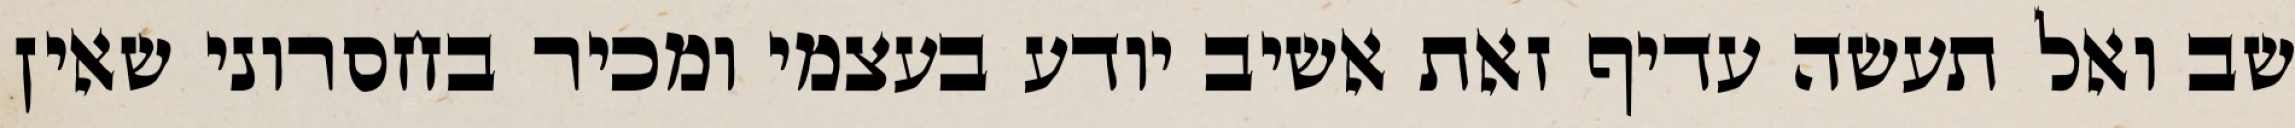
שב ואל תעשה עדיף זאת אשיב יודע בעצמי ומכיר בחסרוני שאין